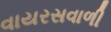
વાયરસવાળી